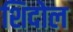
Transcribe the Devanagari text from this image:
शिदोल